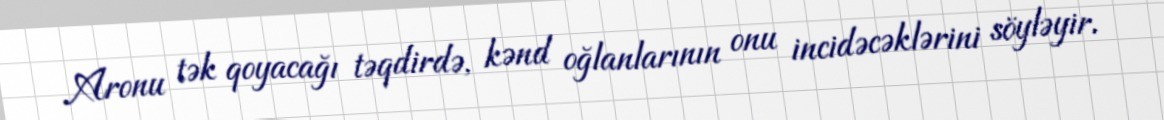
Aronu tək qoyacağı təqdirdə, kənd oğlanlarının onu incidəcəklərini söyləyir.